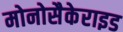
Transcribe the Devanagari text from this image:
मोनोसैकेराइड